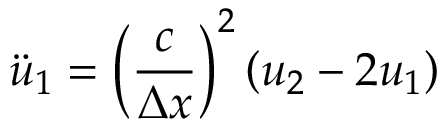
{ \ddot { u } } _ { 1 } = { \left( { \frac { c } { \Delta x } } \right) } ^ { 2 } \left( u _ { 2 } - 2 u _ { 1 } \right)